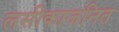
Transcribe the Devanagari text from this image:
लसीकाजनित